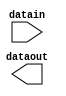
// megafunction wizard: %ALTIOBUF%VBB%
// GENERATION: STANDARD
// VERSION: WM1.0
// MODULE: altiobuf_in 

// ============================================================
// Megafunction Name(s):
// 			altiobuf_in
//
// Simulation Library Files(s):
// 			cycloneive
// ============================================================
// ************************************************************
// THIS IS A WIZARD-GENERATED FILE. DO NOT EDIT THIS FILE!
//
// 17.0.0 Build 595 04/25/2017 SJ Standard Edition
// ************************************************************

//Copyright (C) 2017  Intel Corporation. All rights reserved.
//Your use of Intel Corporation's design tools, logic functions 
//and other software and tools, and its AMPP partner logic 
//functions, and any output files from any of the foregoing 
//(including device programming or simulation files), and any 
//associated documentation or information are expressly subject 
//to the terms and conditions of the Intel Program License 
//Subscription Agreement, the Intel Quartus Prime License Agreement,
//the Intel MegaCore Function License Agreement, or other 
//applicable license agreement, including, without limitation, 
//that your use is for the sole purpose of programming logic 
//devices manufactured by Intel and sold by Intel or its 
//authorized distributors.  Please refer to the applicable 
//agreement for further details.

module buf_in4 (
	datain,
	dataout)/* synthesis synthesis_clearbox = 1 */;

	input	[3:0]  datain;
	output	[3:0]  dataout;

endmodule

// ============================================================
// CNX file retrieval info
// ============================================================
// Retrieval info: PRIVATE: INTENDED_DEVICE_FAMILY STRING "Cyclone IV E"
// Retrieval info: PRIVATE: SYNTH_WRAPPER_GEN_POSTFIX STRING "0"
// Retrieval info: LIBRARY: altera_mf altera_mf.altera_mf_components.all
// Retrieval info: CONSTANT: INTENDED_DEVICE_FAMILY STRING "Cyclone IV E"
// Retrieval info: CONSTANT: enable_bus_hold STRING "FALSE"
// Retrieval info: CONSTANT: number_of_channels NUMERIC "4"
// Retrieval info: CONSTANT: use_differential_mode STRING "FALSE"
// Retrieval info: CONSTANT: use_dynamic_termination_control STRING "FALSE"
// Retrieval info: USED_PORT: datain 0 0 4 0 INPUT NODEFVAL "datain[3..0]"
// Retrieval info: USED_PORT: dataout 0 0 4 0 OUTPUT NODEFVAL "dataout[3..0]"
// Retrieval info: CONNECT: @datain 0 0 4 0 datain 0 0 4 0
// Retrieval info: CONNECT: dataout 0 0 4 0 @dataout 0 0 4 0
// Retrieval info: GEN_FILE: TYPE_NORMAL buf_in4.v TRUE
// Retrieval info: GEN_FILE: TYPE_NORMAL buf_in4.inc FALSE
// Retrieval info: GEN_FILE: TYPE_NORMAL buf_in4.cmp FALSE
// Retrieval info: GEN_FILE: TYPE_NORMAL buf_in4.bsf FALSE
// Retrieval info: GEN_FILE: TYPE_NORMAL buf_in4_inst.v TRUE
// Retrieval info: GEN_FILE: TYPE_NORMAL buf_in4_bb.v TRUE
// Retrieval info: LIB_FILE: cycloneive